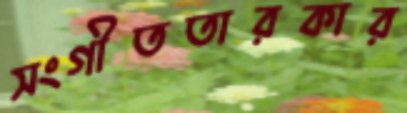
সংগীততারকার